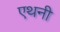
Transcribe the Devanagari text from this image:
एथनी